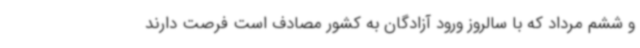
و ششم مرداد که با سالروز ورود آزادگان به کشور مصادف است فرصت دارند